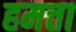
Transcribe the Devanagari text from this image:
हमत्ता